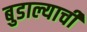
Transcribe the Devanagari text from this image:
बुडाल्याची